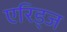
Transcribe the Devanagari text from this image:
एरिड्‌ज